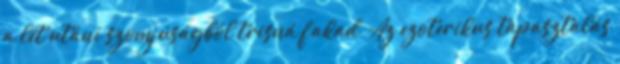
a lét utáni szomjúságból trisná fakad. Az ezoterikus tapasztalás